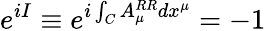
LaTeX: e^{iI}\equiv e^{i\int_{C}A_{\mu}^{RR}dx^{\mu}}=-1